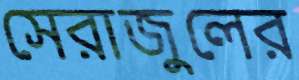
সেরাজুলের